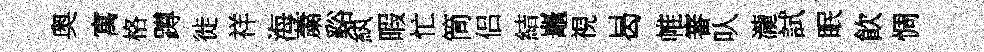
奥寓格蹲徙祥海䔥谿紈暇忙筒侣結鼉視曷帷審㕥瀧試眠飮惆